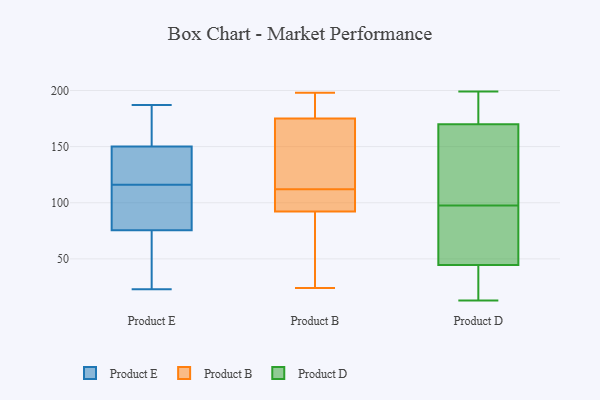
{"axis": {"x": "Net Income (USD K)", "y": "Value"}, "legend": ["Product B", "Product D", "Product E"], "data": [{"x": "", "y": 47, "type": "Product E"}, {"x": "", "y": 187, "type": "Product E"}, {"x": "", "y": 23, "type": "Product E"}, {"x": "", "y": 143, "type": "Product E"}, {"x": "", "y": 106, "type": "Product E"}, {"x": "", "y": 116, "type": "Product E"}, {"x": "", "y": 39, "type": "Product E"}, {"x": "", "y": 74, "type": "Product E"}, {"x": "", "y": 157, "type": "Product E"}, {"x": "", "y": 71, "type": "Product E"}, {"x": "", "y": 132, "type": "Product E"}, {"x": "", "y": 116, "type": "Product E"}, {"x": "", "y": 84, "type": "Product E"}, {"x": "", "y": 171, "type": "Product E"}, {"x": "", "y": 126, "type": "Product E"}, {"x": "", "y": 85, "type": "Product E"}, {"x": "", "y": 175, "type": "Product E"}, {"x": "", "y": 139, "type": "Product E"}, {"x": "", "y": 77, "type": "Product E"}, {"x": "", "y": 185, "type": "Product E"}, {"x": "", "y": 118, "type": "Product B"}, {"x": "", "y": 107, "type": "Product B"}, {"x": "", "y": 113, "type": "Product B"}, {"x": "", "y": 31, "type": "Product B"}, {"x": "", "y": 191, "type": "Product B"}, {"x": "", "y": 148, "type": "Product B"}, {"x": "", "y": 88, "type": "Product B"}, {"x": "", "y": 198, "type": "Product B"}, {"x": "", "y": 185, "type": "Product B"}, {"x": "", "y": 112, "type": "Product B"}, {"x": "", "y": 75, "type": "Product B"}, {"x": "", "y": 193, "type": "Product B"}, {"x": "", "y": 144, "type": "Product B"}, {"x": "", "y": 24, "type": "Product B"}, {"x": "", "y": 109, "type": "Product B"}, {"x": "", "y": 108, "type": "Product B"}, {"x": "", "y": 105, "type": "Product B"}, {"x": "", "y": 30, "type": "Product B"}, {"x": "", "y": 184, "type": "Product B"}, {"x": "", "y": 35, "type": "Product D"}, {"x": "", "y": 58, "type": "Product D"}, {"x": "", "y": 199, "type": "Product D"}, {"x": "", "y": 13, "type": "Product D"}, {"x": "", "y": 176, "type": "Product D"}, {"x": "", "y": 158, "type": "Product D"}, {"x": "", "y": 164, "type": "Product D"}, {"x": "", "y": 40, "type": "Product D"}, {"x": "", "y": 116, "type": "Product D"}, {"x": "", "y": 27, "type": "Product D"}, {"x": "", "y": 49, "type": "Product D"}, {"x": "", "y": 196, "type": "Product D"}, {"x": "", "y": 57, "type": "Product D"}, {"x": "", "y": 96, "type": "Product D"}, {"x": "", "y": 99, "type": "Product D"}, {"x": "", "y": 194, "type": "Product D"}]}